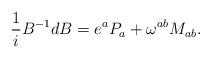
LaTeX: \begin{align*}{1\over i}B^{-1}dB=e^aP_a+\omega^{ab}M_{ab}.\end{align*}